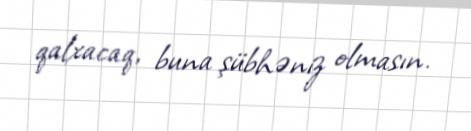
qalxacaq, buna şübhəniz olmasın.